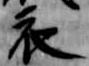
衣